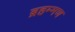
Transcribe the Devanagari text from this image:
ब्रहम्मण